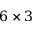
6 \times 3